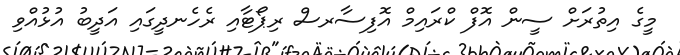
މީގެ އިތުރަށް ސީން އޮފް ކްރައިމް އޮފިސާރސް ރިޕޯޓާއި ރެހެނދީގައި އަދީބު އުޅުއްވި